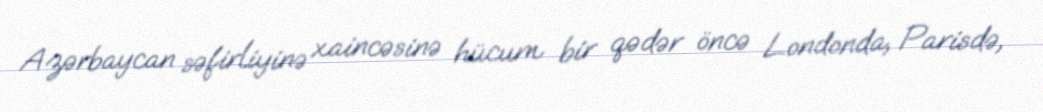
Azərbaycan səfirliyinə xaincəsinə hücum bir qədər öncə Londonda, Parisdə,